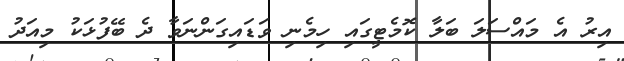
އިރު އެ މައްސަލަ ބަލާ ކޮމެޓީގައި ހިމެނި ވަޑައިގަންނަވާ ދެ ބޭފުޅަކު މިއަދު